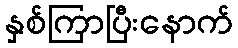
နှစ်ကြာပြီးနောက်